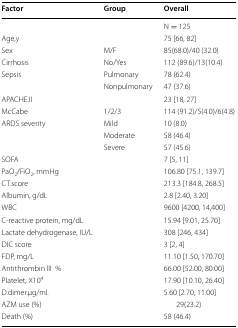
<table><thead><tr><td><b>Factor</b></td><td><b>Group</b></td><td><b>Overall</b></td></tr></thead><tbody><tr><td></td><td></td><td>N = 125</td></tr><tr><td>Age,y</td><td></td><td>75 [66, 82]</td></tr><tr><td>Sex</td><td>M/F</td><td>85(68.0)/40 (32.0)</td></tr><tr><td>Cirrhosis</td><td>No/Yes</td><td>112 (89.6)/13(10.4)</td></tr><tr><td>Sepsis</td><td>Pulmonary</td><td>78 (62.4)</td></tr><tr><td></td><td>Nonpulmonary</td><td>47 (37.6)</td></tr><tr><td>APACHE.II</td><td></td><td>23 [18, 27]</td></tr><tr><td>McCabe</td><td>1/2/3</td><td>114 (91.2)/5(4.0)/6(4.8)</td></tr><tr><td>ARDS severity</td><td>Mild</td><td>10 (8.0)</td></tr><tr><td></td><td>Moderate</td><td>58 (46.4)</td></tr><tr><td></td><td>Severe</td><td>57 (45.6)</td></tr><tr><td>SOFA</td><td></td><td>7 [5, 11]</td></tr><tr><td>PaO<sub>2</sub>/FiO<sub>2</sub>, mmHg</td><td></td><td>106.80 [75.1, 139.7]</td></tr><tr><td>CT.score</td><td></td><td>213.3 [184.8, 268.5]</td></tr><tr><td>Albumin, g/dL</td><td></td><td>2.8 [2.40, 3.20]</td></tr><tr><td>WBC</td><td></td><td>9600 [4200, 14,400]</td></tr><tr><td>C-reactive protein, mg/dL</td><td></td><td>15.94 [9.01, 25.70]</td></tr><tr><td>Lactate dehydrogenase, IU/L</td><td></td><td>308 [246, 434]</td></tr><tr><td>DIC score</td><td></td><td>3 [2, 4]</td></tr><tr><td>FDP, mg/L</td><td></td><td>11.10 [1.50, 170.70]</td></tr><tr><td>Antithrombin III%</td><td></td><td>66.00 [52.00, 80.00]</td></tr><tr><td>Platelet, X10<sup>4</sup></td><td></td><td>17.90 [10.10, 26.40]</td></tr><tr><td>D.dimer.μg/ml.</td><td></td><td>5.60 [2.70, 11.00]</td></tr><tr><td>AZM use (%)</td><td></td><td>29(23.2)</td></tr><tr><td>Death (%)</td><td></td><td>58 (46.4)</td></tr></tbody></table>